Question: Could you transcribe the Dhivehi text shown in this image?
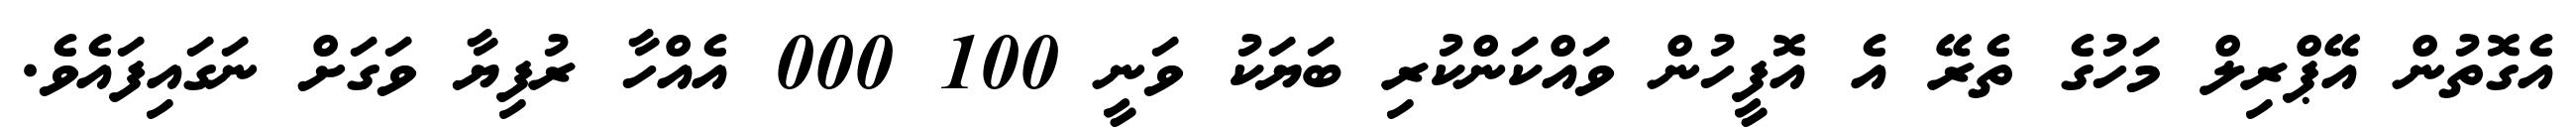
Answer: އެގޮތުން އޭޕްރިލް މަހުގެ ތެރޭ އެ އޮފީހުން ވައްކަންކުރި ބަޔަކު ވަނީ 100 000 އެއްހާ ރުފިޔާ ވަގަށް ނަގައިފައެވެ.